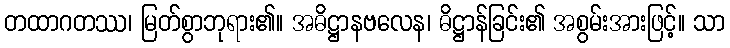
တထာဂတဿ၊ မြတ်စွာဘုရား၏။ အဓိဋ္ဌာနဗလေန၊ ဓိဋ္ဌာန်ခြင်း၏ အစွမ်းအားဖြင့်။ သာ